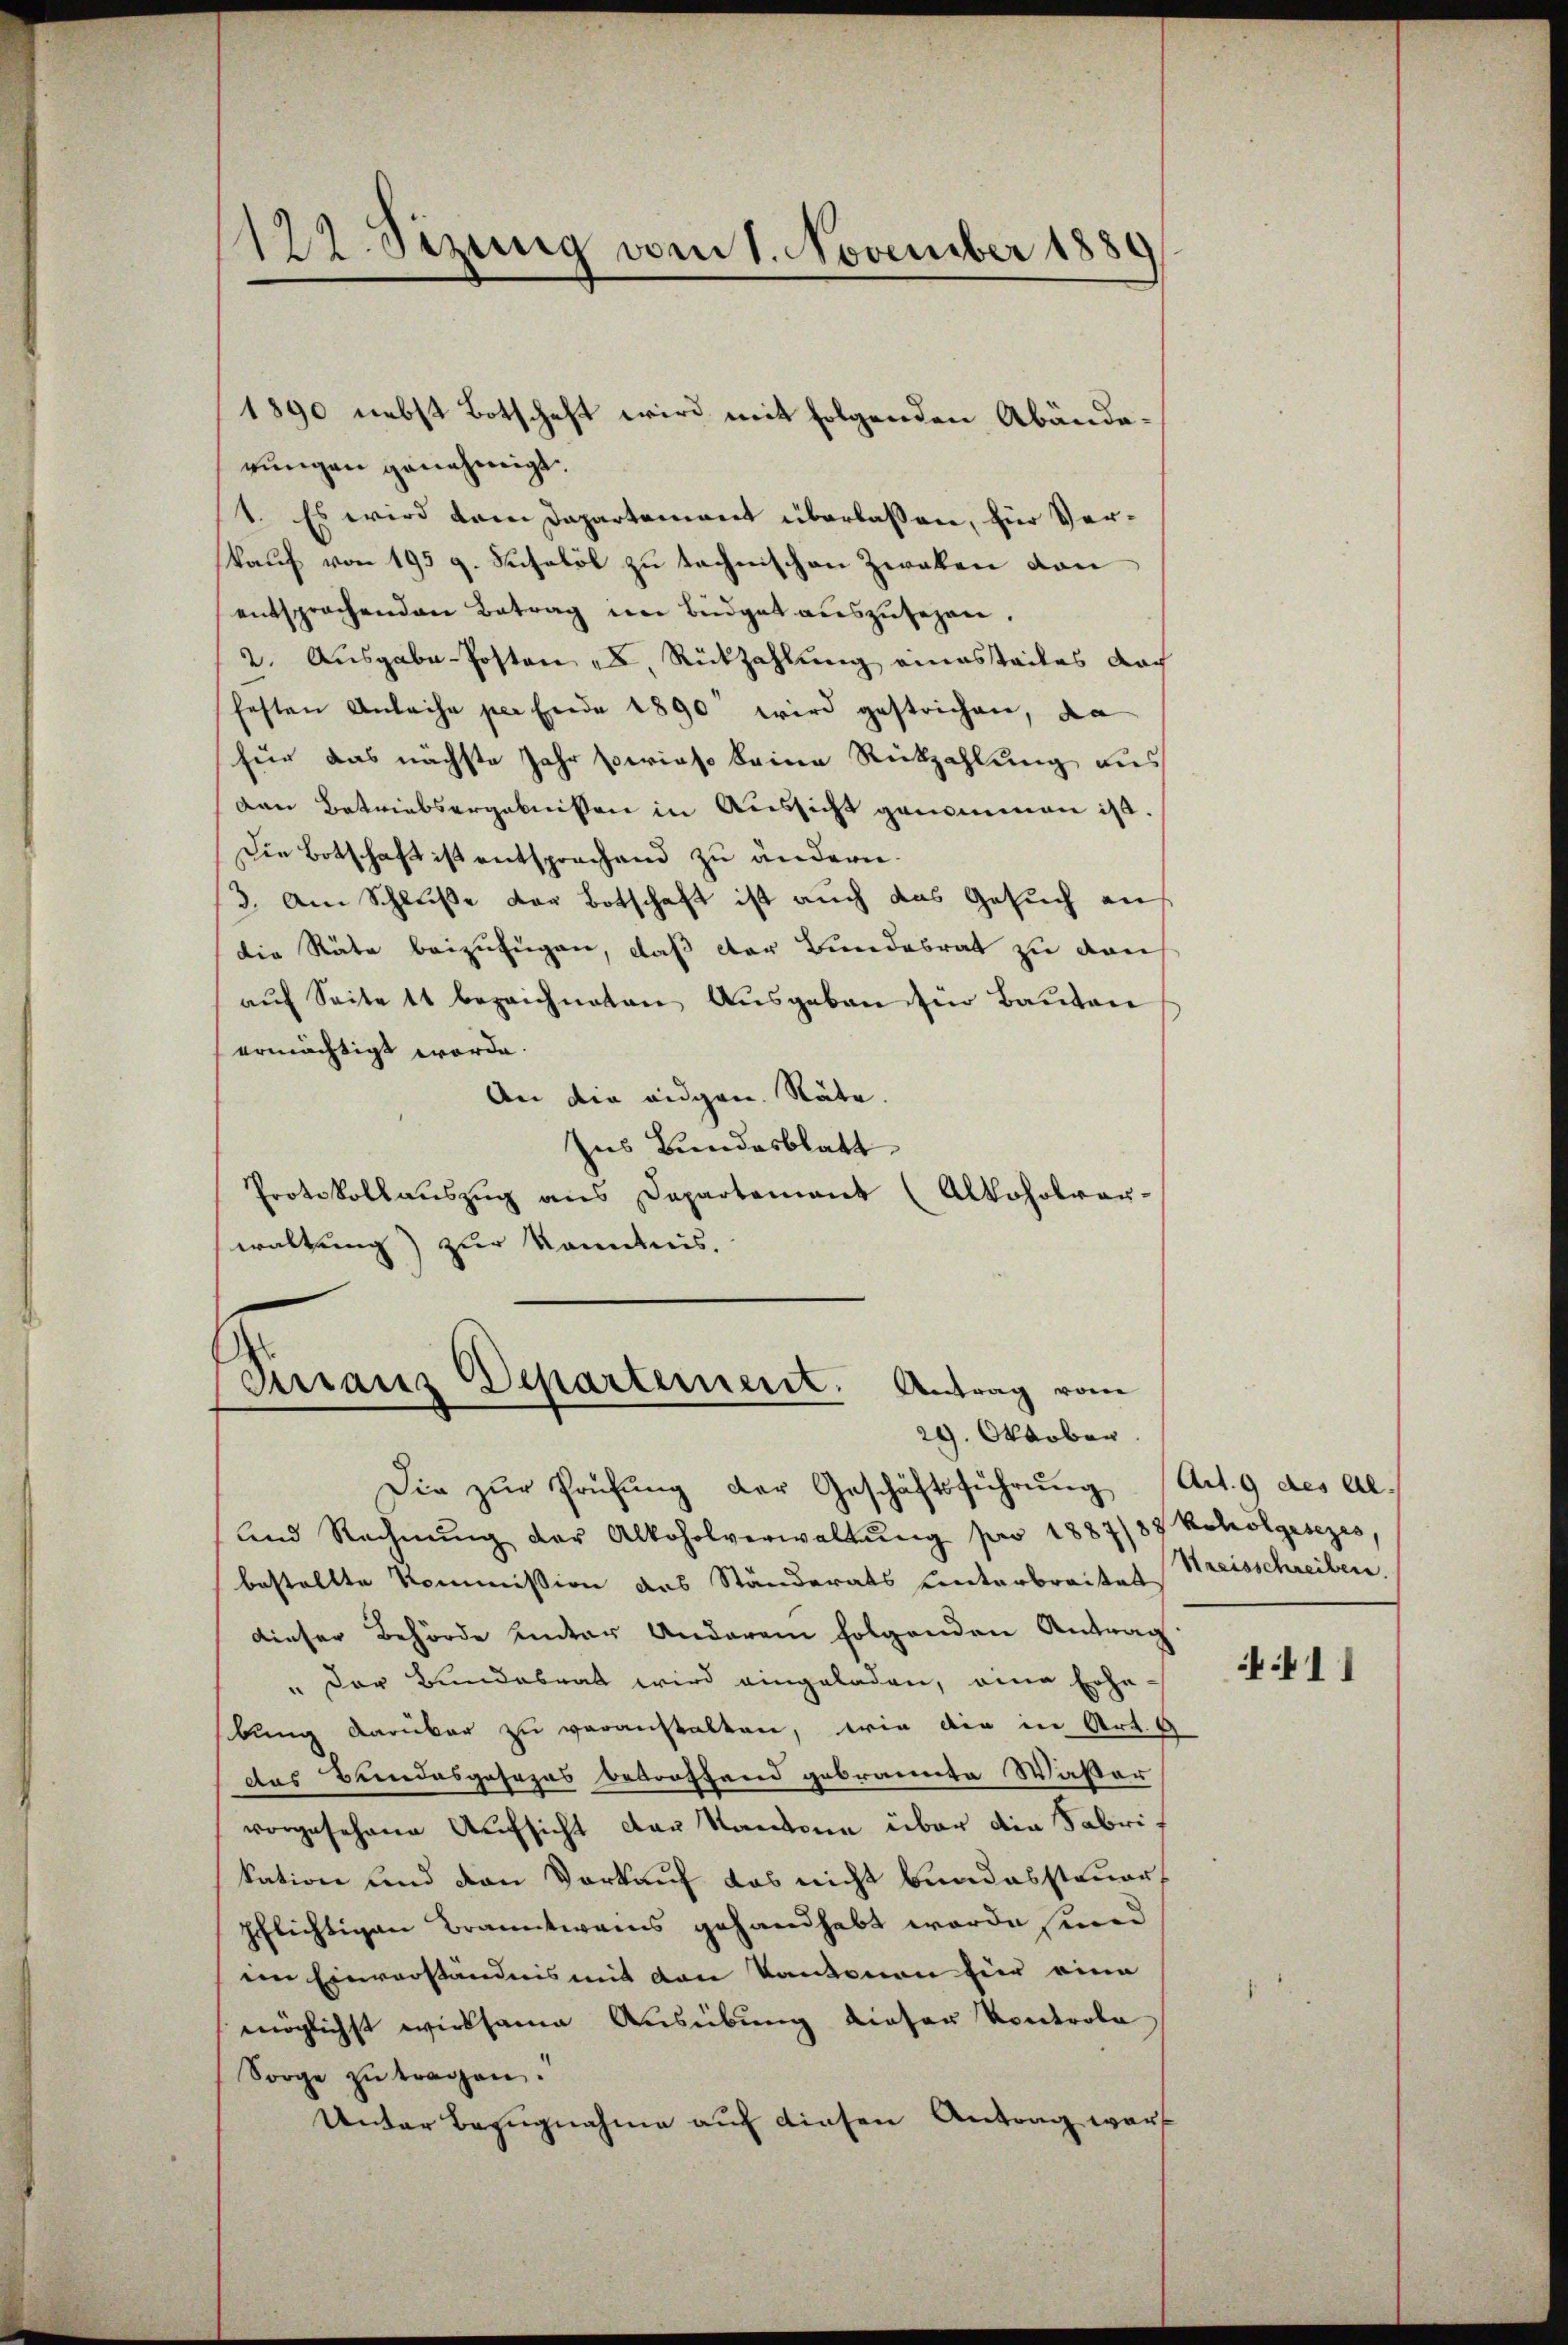
1122. Sizung vom 1. November 1889

rungen genehmigt.
1. Es wird dem Departement überlaßen, für Verkauf von 195 g. Susalol zu technischen Zwalen von
entsprochenden Betrag im Büdget auszusehen.
2. Ausgabe-Posten zu Rückzahlung einesteiles doch
hesten Anleihe per Ende 1890 wird gestrichen, da
für das nächste Jahr beries keine Rückzahlung aus
Den Betriebsergebnissen in Aussicht genommen ist.
Die Botschaft ist entsprechend zu ändern.
(3. Am Schluße der Botschaft ist auch das Gesuch an
die Räte beizufügen, daß der Bundesrat zu von
aŭf Seite 11 bezeichneten Aŭsgaben für Baŭten
ermächtigt worde.
An die eidgen. Räte.
Ins Bundesblatt
Protokollaŭszŭg ans Departement (Alkoholvan-
waltung) zur Kenntnis.

1890 nebst Botschaft wird mit folgenden Abände¬

Finanz Departement. Antrag vom
29. Oktober.

Die zŭr Prüfŭng der Geschäftsführŭng Art. 9 des Al-
und Rechnŭng der Alkoholverwaltŭng pro 1887/87 koholgesezes,
bestellte Kommission des Ständerats unterbreitet Streisschreiben.
dieser Behörde unter Anderem folgenden Antrag
" Der Bundesrat wird eingeladen, eine Erhe
bung darüber zu veranstalten, wie die in Art. 4
das Bundesgesezes betroffend gebrannte Waser
vorgesehene Aufsicht der Kantone über die Fabrikation und den Vorkauf das nicht bundessteuerpflichtigen Branntweins gehandhabt worde sind
im Einverständnis mit den Kantonen für eine
möglichst wirksame Ausübung dieser Kontrola
Sorge zŭ tragen.
Unter Bezugnahme auf diesen Antrag war

411